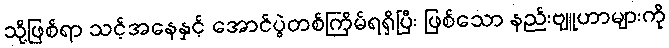
သို့ဖြစ်ရာ သင့်အနေနှင့် အောင်ပွဲတစ်ကြိမ်ရရှိပြီး ဖြစ်သော နည်းဗျူဟာများကို